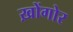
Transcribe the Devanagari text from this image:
ख़ोंगोर